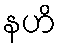
နဟိ